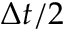
\Delta t / 2